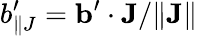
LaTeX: b_{\parallel J}^{\prime}={\mathbf{b}}^{\prime}\cdot{\mathbf{J}}/\| {\mathbf{J}}\|